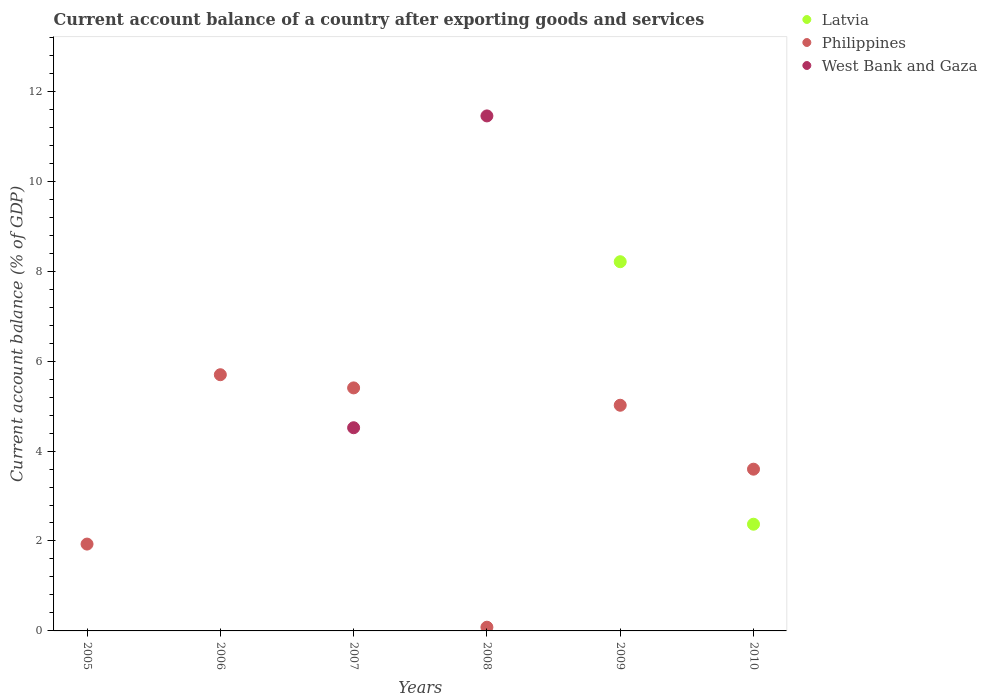
| Years | Latvia | Philippines | West Bank and Gaza |
 | --- | --- | --- | --- |
 | 2005 | -11.8 | 1.93 | -23.8 |
 | 2006 | -21.1 | 5.7 | -18.6 |
 | 2007 | -20.8 | 5.4 | 4.52 |
 | 2008 | -12.6 | 0.0827 | 11.5 |
 | 2009 | 8.21 | 5.02 | -9.8 |
 | 2010 | 2.37 | 3.6 | -7.75 |